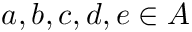
a , b , c , d , e \in A